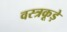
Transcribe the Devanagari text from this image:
वस्त्रकूड़े